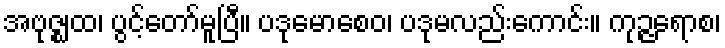
အဗုဇ္ဈထ၊ ပွင့်တော်မူပြီ။ ပဒုမောစေဝ၊ ပဒုမလည်းကောင်း။ ကုဉ္ဇရောစ၊